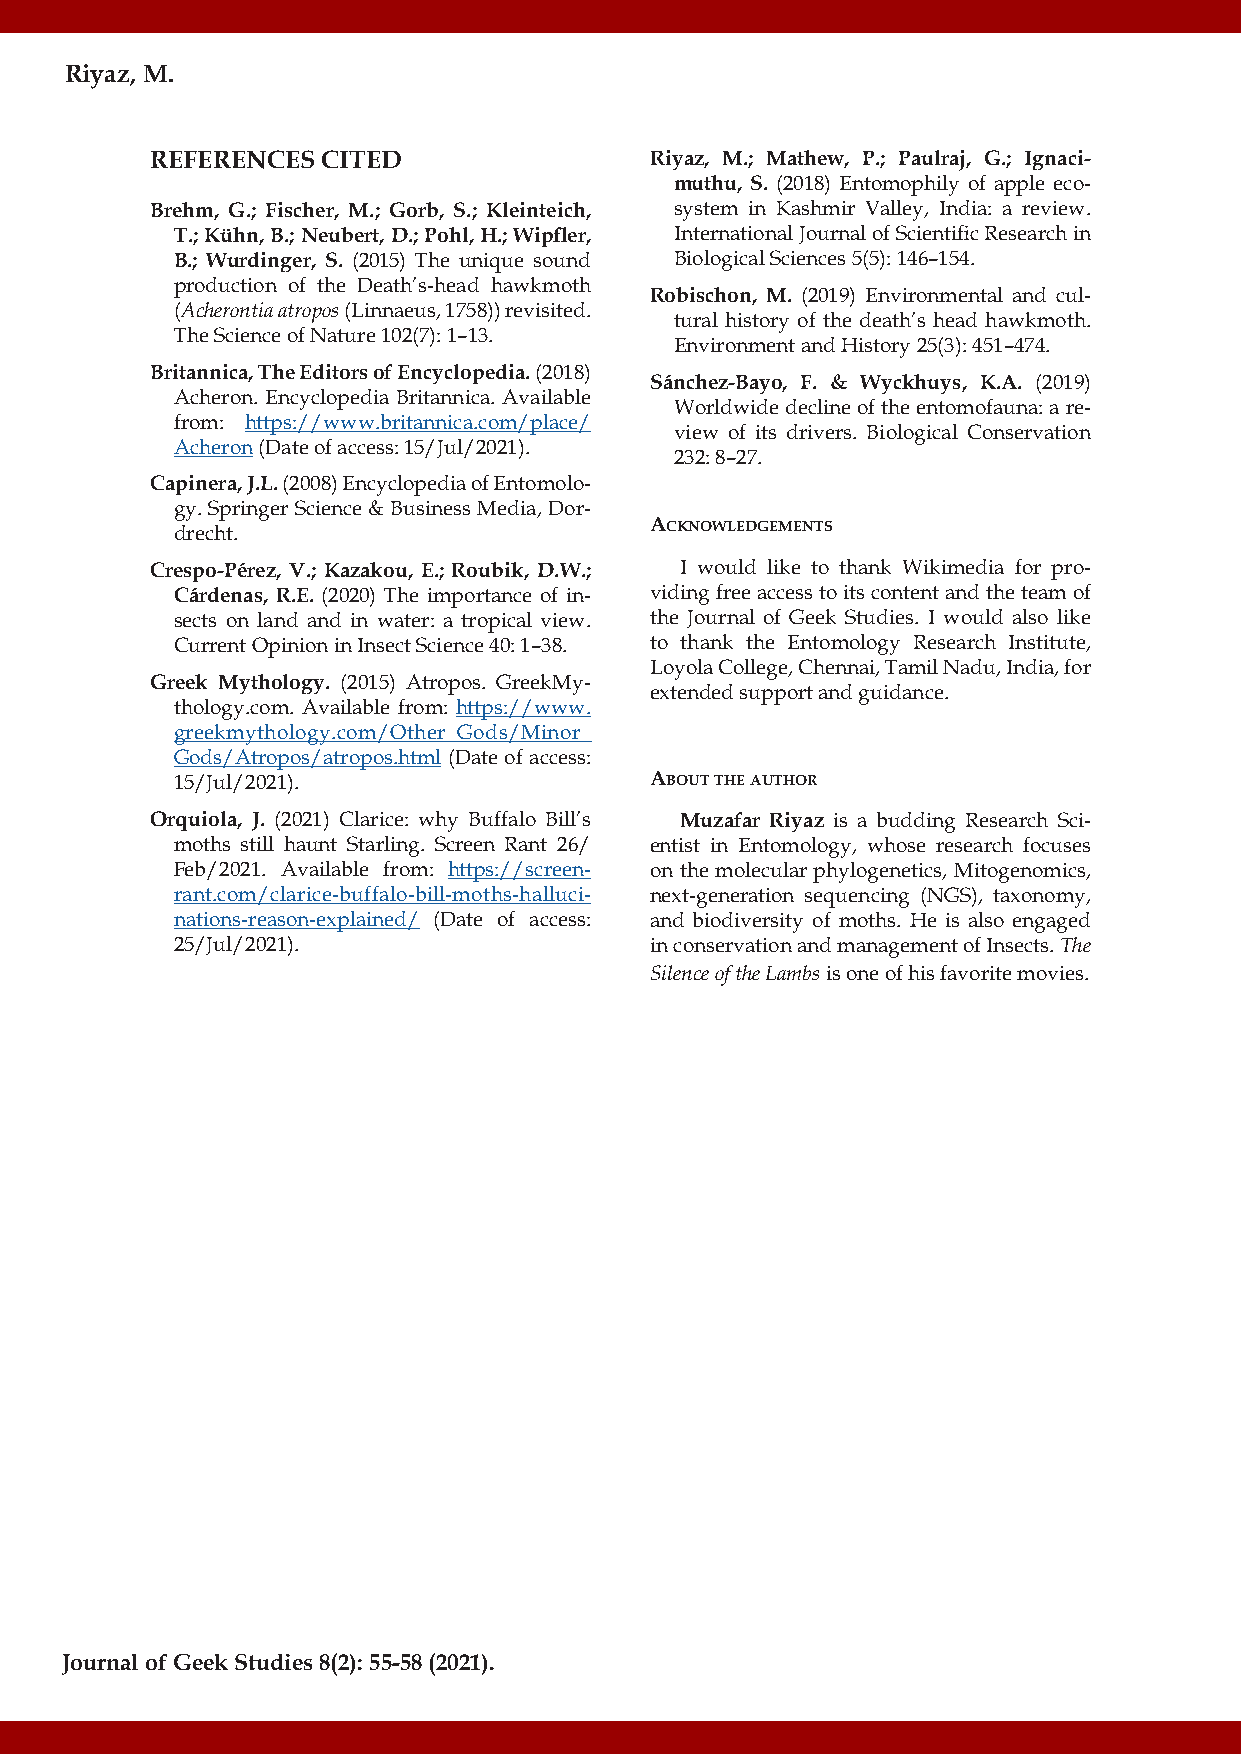
Riyaz, M.
 REFERENCES CITED                 Riyaz, M.; Mathew, P.; Paulraj, G.; Ignaci-
 muthu, S. (2018) Entomophily of apple eco-
 Brehm, G.; Fischer, M.; Gorb, S.; Kleinteich, system in Kashmir Valley, India: a review.
 T.; Kühn, B.; Neubert, D.; Pohl, H.; Wipfler, International Journal of Scientific Research in
 B.; Wurdinger, S. (2015) The unique sound Biological Sciences 5(5): 146–154.
 production of the Death’s-head hawkmoth
 Robischon, M. (2019) Environmental and cul-
 (Acherontia atropos (Linnaeus, 1758)) revisited.
 tural history of the death’s head hawkmoth.
 The Science of Nature 102(7): 1–13.
 Environment and History 25(3): 451–474.
 Britannica, The Editors of Encyclopedia. (2018)
 Sánchez-Bayo, F. & Wyckhuys, K.A. (2019)
 Acheron. Encyclopedia Britannica. Available
 Worldwide decline of the entomofauna: a re-
 from: https://www.britannica.com/place/
 view of its drivers. Biological Conservation
 Acheron (Date of access: 15/Jul/2021).
 232: 8–27.
 Capinera, J.L. (2008) Encyclopedia of Entomolo-
 gy. Springer Science & Business Media, Dor-
 drecht.
 Acknowledgements
 Crespo-Pérez, V.; Kazakou, E.; Roubik, D.W.; I would like to thank Wikimedia for pro-
 Cárdenas, R.E. (2020) The importance of in- viding free access to its content and the team of
 sects on land and in water: a tropical view. the Journal of Geek Studies. I would also like
 Current Opinion in Insect Science 40: 1–38. to thank the Entomology Research Institute,
 Loyola College, Chennai, Tamil Nadu, India, for
 Greek Mythology. (2015) Atropos. GreekMy-
 extended support and guidance.
 thology.com. Available from: https://www.
 greekmythology.com/Other_Gods/Minor_
 Gods/Atropos/atropos.html (Date of access:
 15/Jul/2021).                   About the Author
 Orquiola, J. (2021) Clarice: why Buffalo Bill’s Muzafar Riyaz is a budding Research Sci-
 moths still haunt Starling. Screen Rant 26/ entist in Entomology, whose research focuses
 Feb/2021. Available from: https://screen- on the molecular phylogenetics, Mitogenomics,
 rant.com/clarice-buffalo-bill-moths-halluci- next-generation sequencing (NGS), taxonomy,
 nations-reason-explained/ (Date of access: and biodiversity of moths. He is also engaged
 25/Jul/2021).                   in conservation and management of Insects. The
 Silence of the Lambs is one of his favorite movies.
 Journal of Geek Studies 8(2): 55-58 (2021).